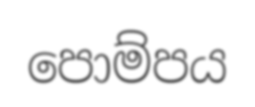
පොම්පය